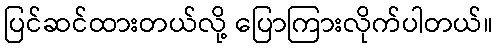
ပြင်ဆင်ထားတယ်လို့ ပြောကြားလိုက်ပါတယ်။